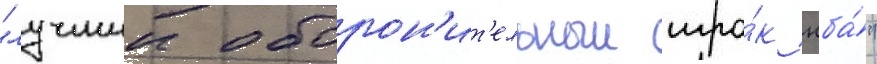
"лучшии оборон'ит'ельныи игро́к нба́"